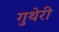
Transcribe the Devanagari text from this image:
गुथेरी